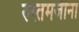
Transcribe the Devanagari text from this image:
रुस्तमजीना